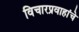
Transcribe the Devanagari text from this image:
विचारप्रवाहांचे